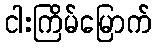
ငါးကြိမ်မြောက်